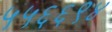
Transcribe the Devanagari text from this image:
५५६६९४